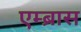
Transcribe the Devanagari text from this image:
एम्ब्रास